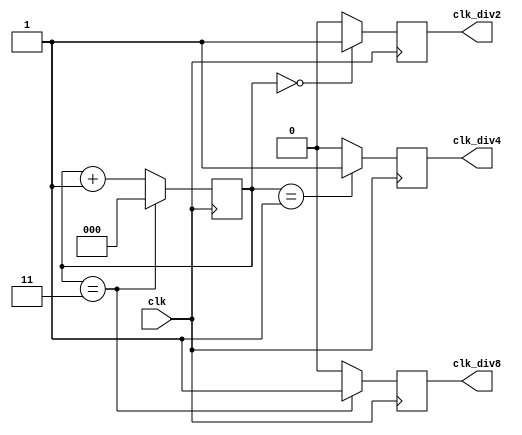
module ripple_counter_clock_divider(
    input wire clk,
    output wire clk_div2,
    output wire clk_div4,
    output wire clk_div8
);

reg [2:0] counter;

always @(posedge clk) begin
    counter <= counter + 1;
    
    if (counter == 3'd0) begin
        clk_div2 <= 1'b1;
    end else begin
        clk_div2 <= 1'b0;
    end
    
    if (counter == 3'd1) begin
        clk_div4 <= 1'b1;
    end else begin
        clk_div4 <= 1'b0;
    end
    
    if (counter == 3'd3) begin
        clk_div8 <= 1'b1;
        counter <= 3'd0;
    end else begin
        clk_div8 <= 1'b0;
    end
end

endmodule